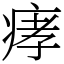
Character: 痚